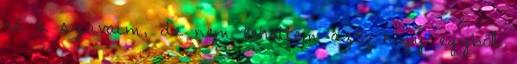
rá a szavaim, de nem tehettem azt, hogy egyből